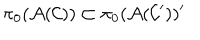
LaTeX: \pi _ { 0 } ( { \cal A } ( { \cal C } ) ) \subset \pi _ { 0 } ( { \cal A } ( { \cal C } ^ { \prime } ) ) ^ { \prime }